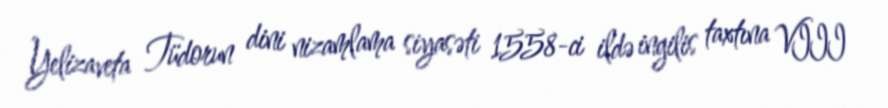
Yelizaveta Tüdorun dini nizamlama siyasəti 1558-ci ildə ingilis taxtına VIII